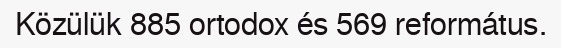
Közülük 885 ortodox és 569 református.